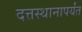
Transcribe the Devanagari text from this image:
दत्तस्थानापर्यंत